Civil Veterinary Department. Central Provinces & Berar 1932-41 - 1932-1941
Year: 1932
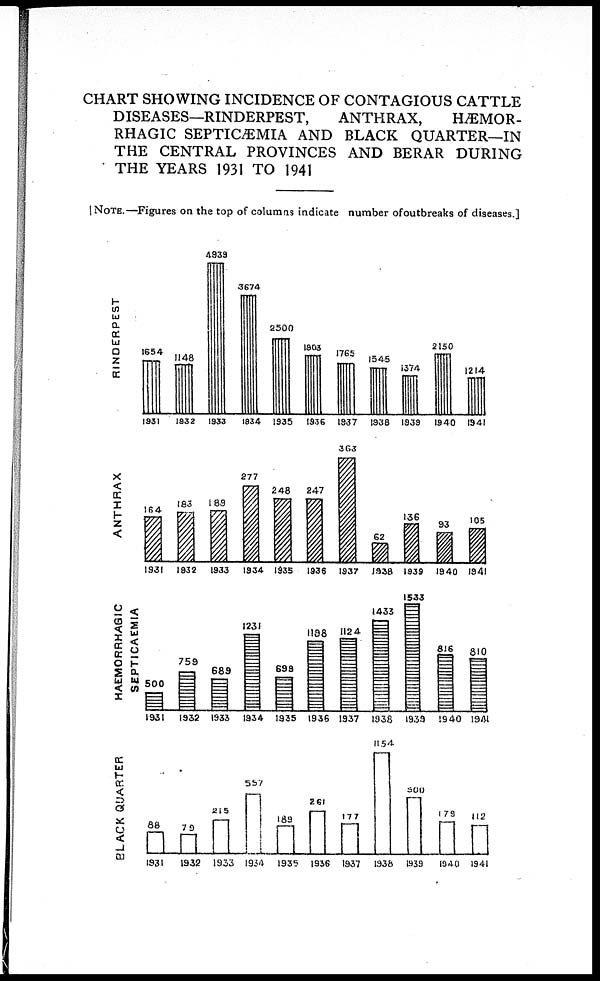
CHART SHOWING INCIDENCE OF CONTAGIOUS CATTLE
DISEASES—RINDERPEST,
ANTHRAX,
HÆMOR-
RHAGIC SEPTICÆMIA AND BLACK QUARTER—IN
THE CENTRAL PROVINCES AND BERAR DURING
THE YEARS 1931 TO 1941
[ NOTE.—Figures on the top of columns indicate number ofoutbreaks of diseases.]